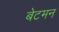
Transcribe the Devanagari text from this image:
बेटमन